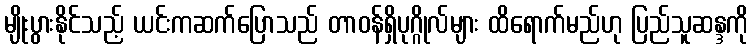
မျိုးပွားနိုင်သည့် ယင်းကဆက်ပြောသည် တာ၀န်ရှိပုဂ္ဂိုလ်များ ထိရောက်မည်ဟု ပြည်သူဆန္ဒကို